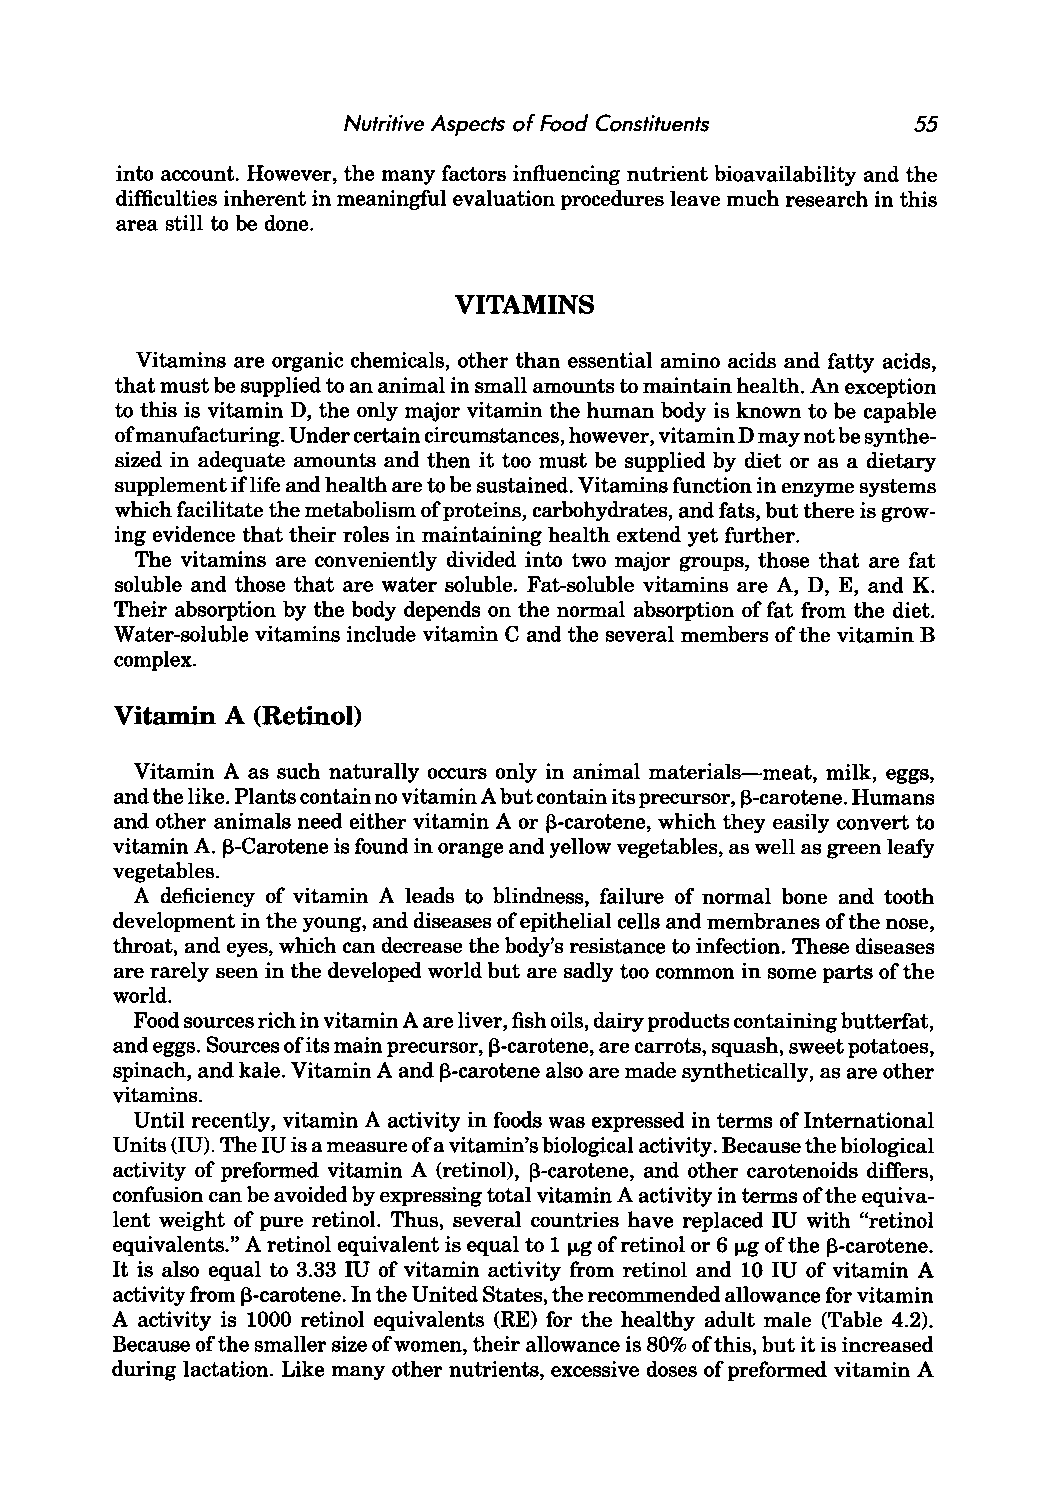
Nutritive Aspects of Food Constituents 55
 into account. However, the many factors influencing nutrient bioavailability and the
 difficulties inherent in meaningful evaluation procedures leave much research in this
 area still to be done.
 VITAMINS
 Vitamins are organic chemicals, other than essential amino acids and fatty acids,
 that must be supplied to an animal in small amounts to maintain health. An exception
 to this is vitamin D, the only major vitamin the human body is known to be capable
 ofm anufacturing. Under certain circumstances, however, vitamin D may not be synthe
 sized in adequate amounts and then it too must be supplied by diet or as a dietary
 supplement iflife and health are to be sustained. Vitamins function in enzyme systems
 which facilitate the metabolism of proteins, carbohydrates, and fats, but there is grow
 ing evidence that their roles in maintaining health extend yet further.
 The vitamins are conveniently divided into two major groups, those that are fat
 soluble and those that are water soluble. Fat-soluble vitamins are A, D, E, and K.
 Their absorption by the body depends on the normal absorption of fat from the diet.
 Water-soluble vitamins include vitamin C and the several members of the vitamin B
 complex.
 Vitamin A (Retinol)
 Vitamin A as such naturally occurs only in animal materials-meat, milk, eggs,
 and the like. Plants contain no vitamin A but contain its precursor, f3-carotene. Humans
 and other animals need either vitamin A or f3-carotene, which they easily convert to
 vitamin A. f3-Carotene is found in orange and yellow vegetables, as well as green leafy
 vegetables.
 A deficiency of vitamin A leads to blindness, failure of normal bone and tooth
 development in the young, and diseases of epithelial cells and membranes of the nose,
 throat, and eyes, which can decrease the body's resistance to infection. These diseases
 are rarely seen in the developed world but are sadly too common in some parts of the
 world.
 Food sources rich in vitamin A are liver, fish oils, dairy products containing butterfat,
 and eggs. Sources of its main precursor, f3-carotene, are carrots, squash, sweet potatoes,
 spinach, and kale. Vitamin A and f3-carotene also are made synthetically, as are other
 vitamins.
 Until recently, vitamin A activity in foods was expressed in terms of International
 Units (lU). The IU is a measure of a vitamin's biological activity. Because the biological
 activity of preformed vitamin A (retinol), f3-carotene, and other carotenoids differs,
 confusion can be avoided by expressing total vitamin A activity in terms of the equiva
 lent weight of pure retinol. Thus, several countries have replaced IU with "retinol
 equivalents." A retinol equivalent is equal to 1 JLg of retinol or 6 JLg of the f3-carotene.
 It is also equal to 3.33 IU of vitamin activity from retinol and 10 IU of vitamin A
 activity from f3-carotene. In the United States, the recommended allowance for vitamin
 A activity is 1000 retinol equivalents (RE) for the healthy adult male (Table 4.2).
 Because of the smaller size of women, their allowance is 80% of this, but it is increased
 during lactation. Like many other nutrients, excessive doses of preformed vitamin A